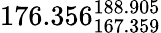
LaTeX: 176.356_{167.359}^{188.905}